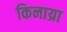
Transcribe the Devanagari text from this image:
किनाय्रा